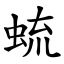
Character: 䖻